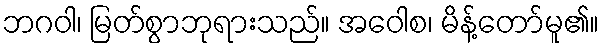
ဘဂဝါ၊ မြတ်စွာဘုရားသည်။ အဝေါစ၊ မိန့်တော်မူ၏။